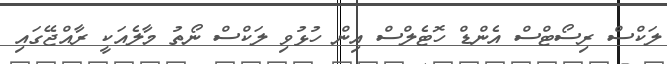
ލަކްސް ރިސޯޓްސް އެންޑް ހޮޓެލްސް އިން ހުޅުވި ލަކްސް ނޯތު މާލެއަކީ ރާއްޖޭގައި